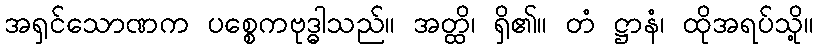
အရှင်သောဏက ပစ္စေကဗုဒ္ဓါသည်။ အတ္ထိ၊ ရှိ၏။ တံ ဋ္ဌာနံ၊ ထိုအရပ်သို့။